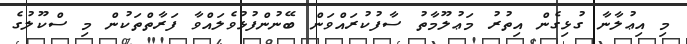
މި އިޢުލާނާ ގުޅިގެން އިތުރު މަޢުލޫމާތު ސާފުކުރައްވަން ބޭނުންފުޅުވެލައްވާ ފަރާތްތަކުން މި ސްކޫލުގެ